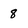
Character: 8